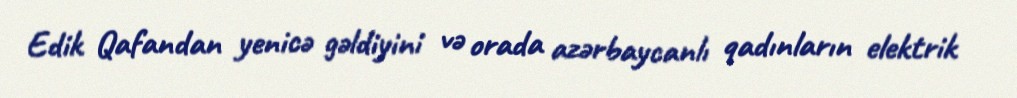
Edik Qafandan yenicə gəldiyini və orada azərbaycanlı qadınların elektrik